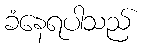
ခံနေရပါသည်